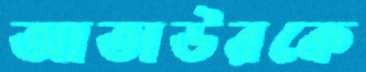
আতাউরকে